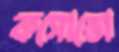
কসোভো